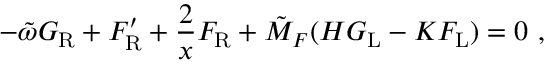
- \tilde { \omega } G _ { \mathrm { R } } + F _ { \mathrm { R } } ^ { \prime } + \frac { 2 } { x } F _ { \mathrm { R } } + \tilde { M } _ { F } ( H G _ { \mathrm { L } } - K F _ { \mathrm { L } } ) = 0 \ ,